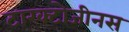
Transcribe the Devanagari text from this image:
टारक्टोजीनस